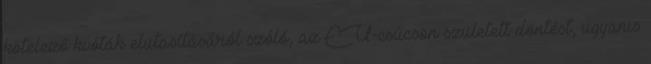
kötelező kvóták elutasításáról szóló, az EU-csúcson született döntést, ugyanis